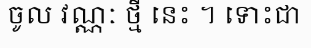
ចូល វណ្ណៈ ថ្មី នេះ ។ ទោះជា